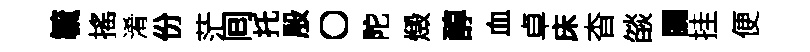
毓搖淆份茫囘托殷〇陀燬醇血卓床杳燄闚挂便